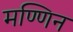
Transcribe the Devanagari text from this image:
मण्णिन